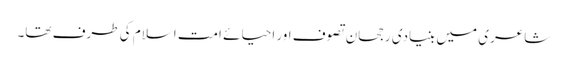
شاعری میں بنیادی رجحان تصوف اور احیائے امت اسلام کی طرف تھا۔